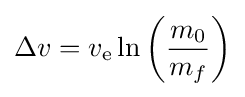
\Delta v=v_{\text{e}}\ln \left({\frac {m_{0}}{m_{f}}}\right)